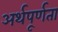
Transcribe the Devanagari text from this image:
अर्थपूर्णता